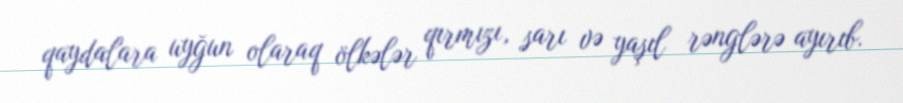
qaydalara uyğun olaraq ölkələr qırmızı, sarı və yaşıl rənglərə ayırıb.